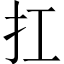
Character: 扛